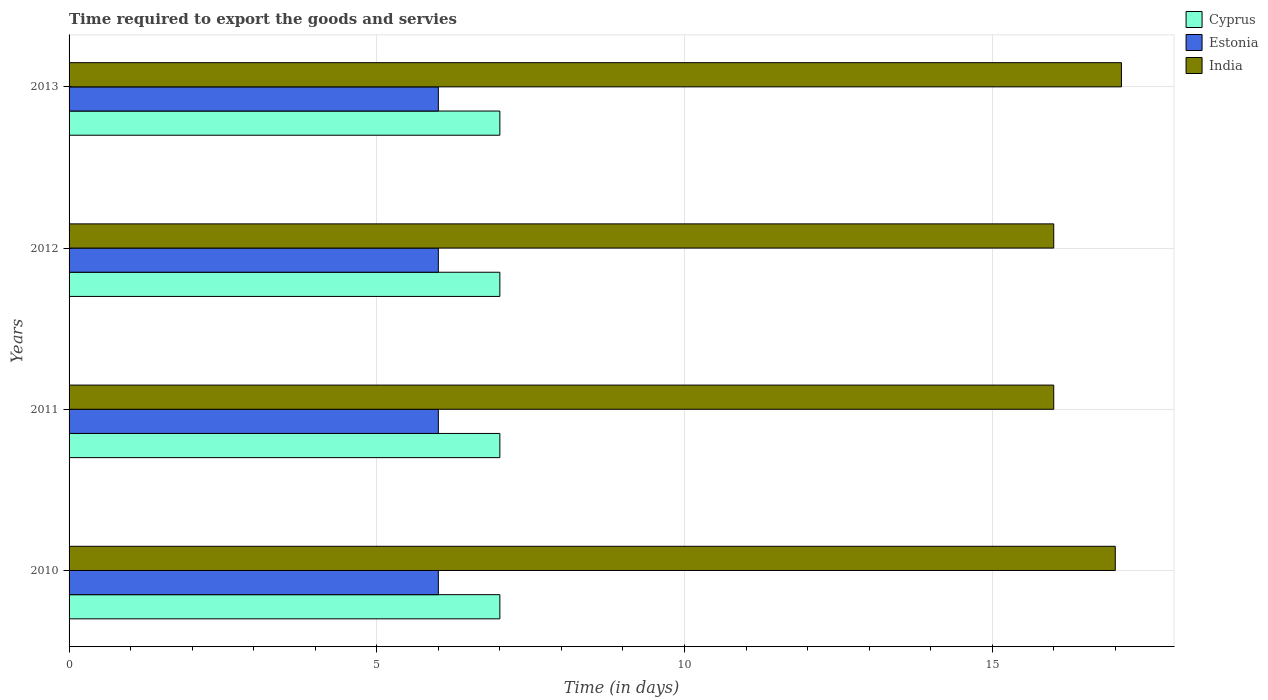
| Years | Cyprus | Estonia | India |
 | --- | --- | --- | --- |
 | 2010 | 7 | 6 | 17 |
 | 2011 | 7 | 6 | 16 |
 | 2012 | 7 | 6 | 16 |
 | 2013 | 7 | 6 | 17.1 |